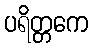
ပရိတ္တကေ